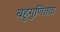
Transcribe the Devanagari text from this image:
बहुगुणितता